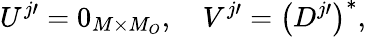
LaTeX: U^{j\prime}=0_{M\times M_{O}},\quad V^{j\prime}=\left(D^{j\prime}\right)^{*},